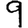
Digit: 9